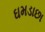
ઘમડાછા